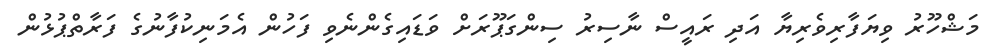
މަޝްހޫރު ވިޔަފާރިވެރިޔާ އަދި ރައީސް ނާސިރު ސިންގަޕޫރަށް ވަޑައިގެންނެވި ފަހުން އެމަނިކުފާނުގެ ފަރާތްޕުޅުން